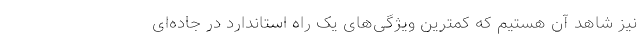
نیز شاهد آن هستیم که کمترین ویژگی‌های یک راه استاندارد در جاده‌ای